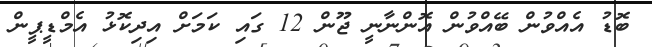
ބޮޑު އެއްވުން ބޭއްވުން އޮންނާނީ ޖޫން 12 ގައި ކަމަށް އިދިކޮޅު އެމްޑީޕީން